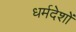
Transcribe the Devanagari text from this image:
धर्मदेशों